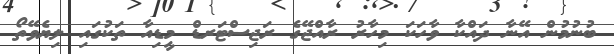
ބުނުމުން އޭނާ ދައްކާ ވާހަކަ މިހާރު ރާއްޖޭގެ ރަޖިސްޓަރޑް މީޑިއާ ތަކުގައި ލިޔެވޭތޯ